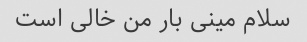
سلام مینی بار من خالی است